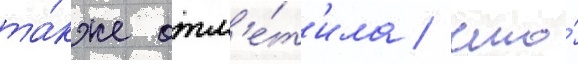
та́кже отм'е́т'ила / что́